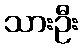
သားဦး